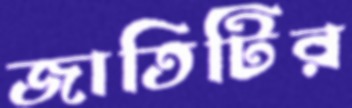
জাতিটির